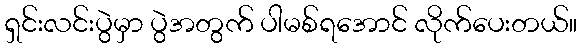
ရှင်းလင်းပွဲမှာ ပွဲအတွက် ပါမစ်ရအောင် လိုက်ပေးတယ်။